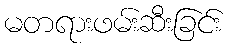
မတရားဖမ်းဆီးခြင်း